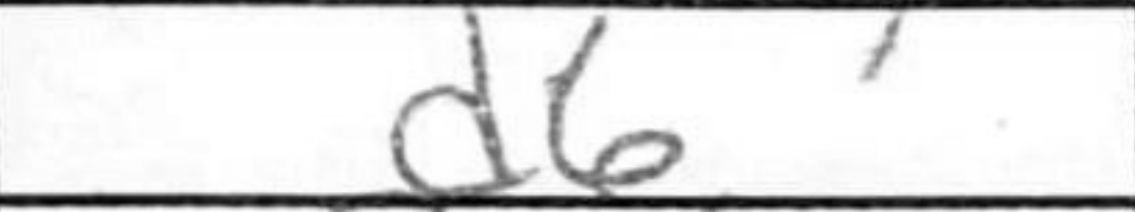
Transcription: d6